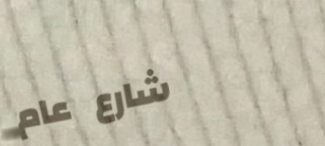
شارع عام